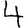
Digit: 4